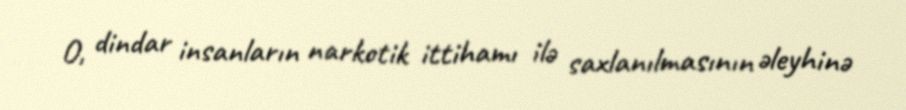
O, dindar insanların narkotik ittihamı ilə saxlanılmasının əleyhinə